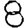
Digit: 8